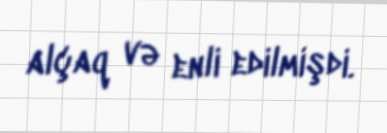
alçaq və enli edilmişdi.